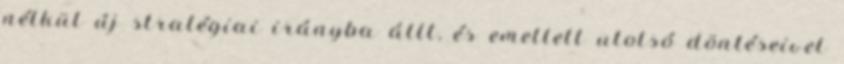
nélkül új stratégiai irányba állt, és emellett utolsó döntéseivel